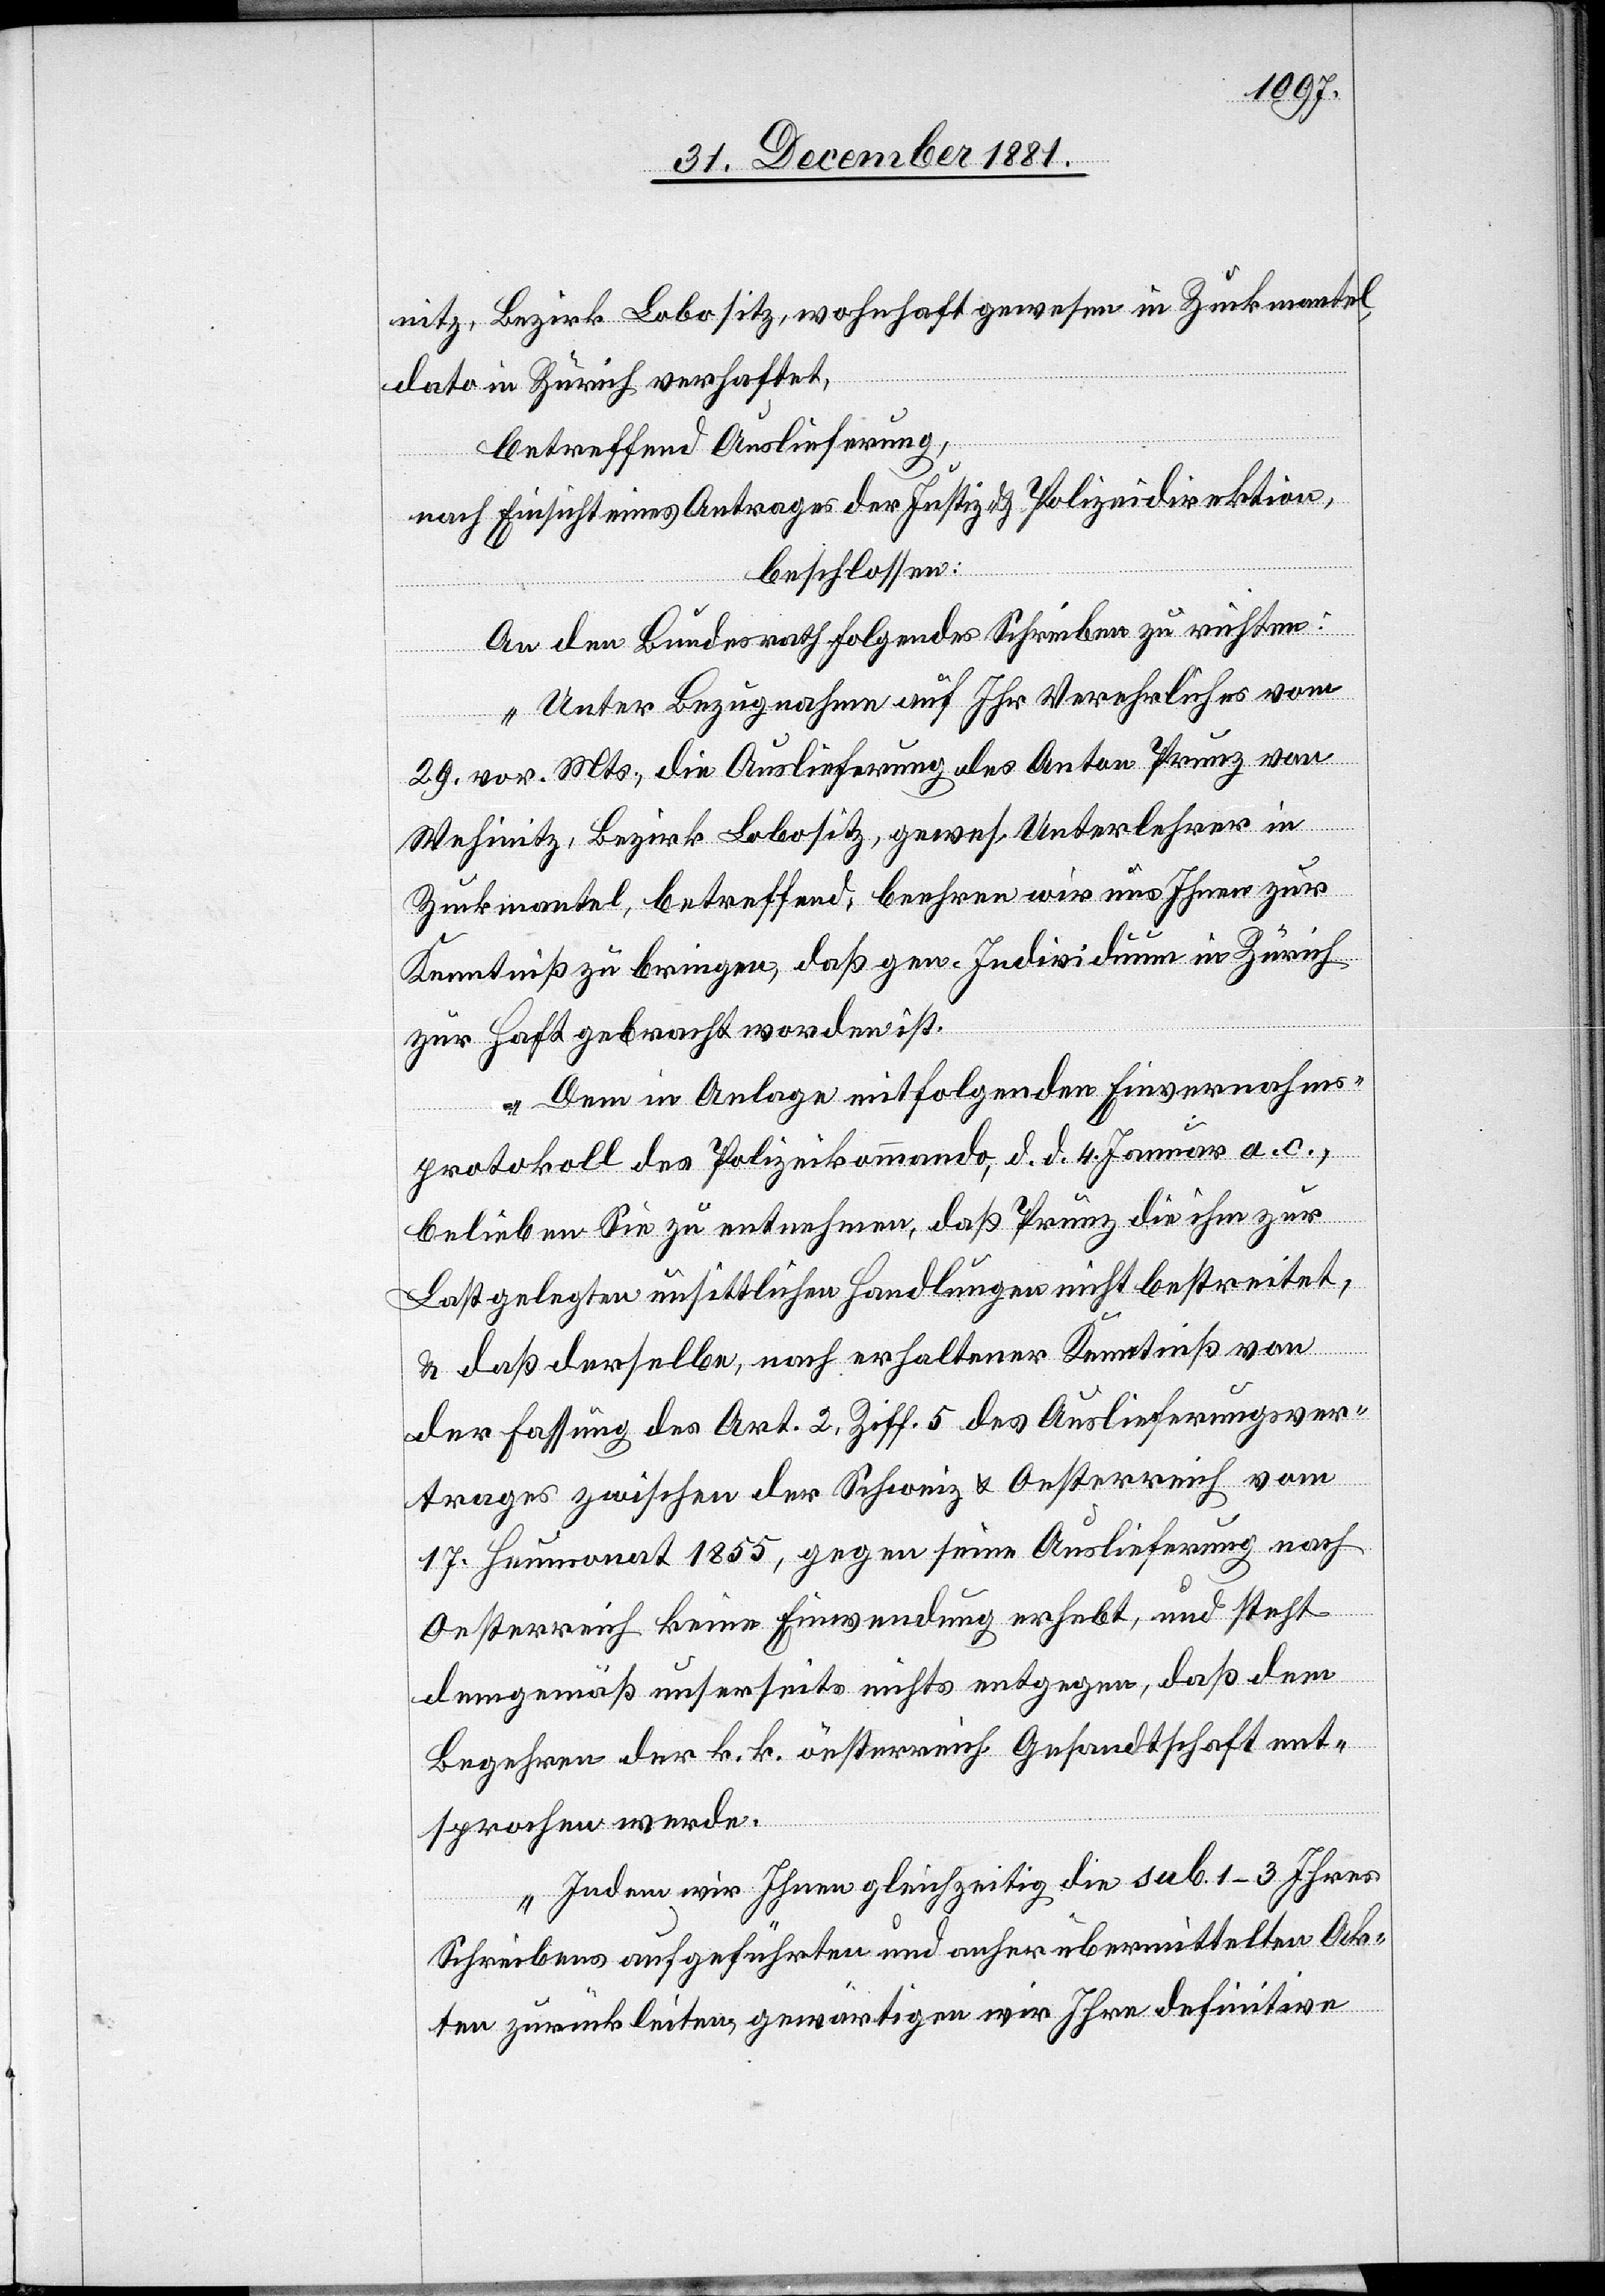
ic!], Bezirk Lobositz, wohnhaft gewesen in Zuckmantel,
dato in Zürich verhaftet,
betreffend Auslieferung,
nach Einsicht eines Antrages der Justiz- & Polizeidirektion,
beschlossen:
An den Bundesrath folgendes Schreiben zu richten:
„Unter Bezugnahme auf Ihr Verehrliches vom
29. vor. Mts., die Auslieferung des Anton Prunz von
Wehinitz, Bezirk Lobositz, gewes. Unterlehrer in
Zuckmantel, betreffend, beehren wir uns Ihnen zur
Kenntniß zu bringen, daß gen. Individuum in Zürich
zur Haft gebracht worden ist.
Dem in Anlage mitfolgenden Einvernahms¬
protokoll des Polizeikommando, d. d. 4. Januar a. c.,
belieben Sie zu entnehmen, daß Prunz die ihm zur
Last gelegten unsittlichen Handlungen nicht bestreitet,
[s¬
& daß derselbe, nach erhaltener Kenntniß von
der Fassung des Art. 2, Ziff. 5 des Auslieferungsver¬
trages zwischen der Schweiz & Oesterreich vom
17. Heumonat 1855, gegen seine Auslieferung nach
Oesterreich keine Einwendung erhebt, und steht
demgemäß unserseits nichts entgegen, daß dem
Begehren der k. k. österreich. Gesandtschaft ent¬
sprochen werde.
Indem wir Ihnen gleichzeitig die sub. 1–3 Ihres
Schreibens aufgeführten und anher übermittelten Ak¬
ten zurückleiten, gewärtigen wir Ihre definitive